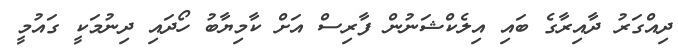
ދިއްގަރު ދާއިރާގެ ބައި އިލެކްޝަނުން ފާރިސް އަށް ކާމިޔާބު ހޯދައި ދިނުމަކީ ގައުމީ